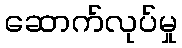
ဆောက်လုပ်မှု